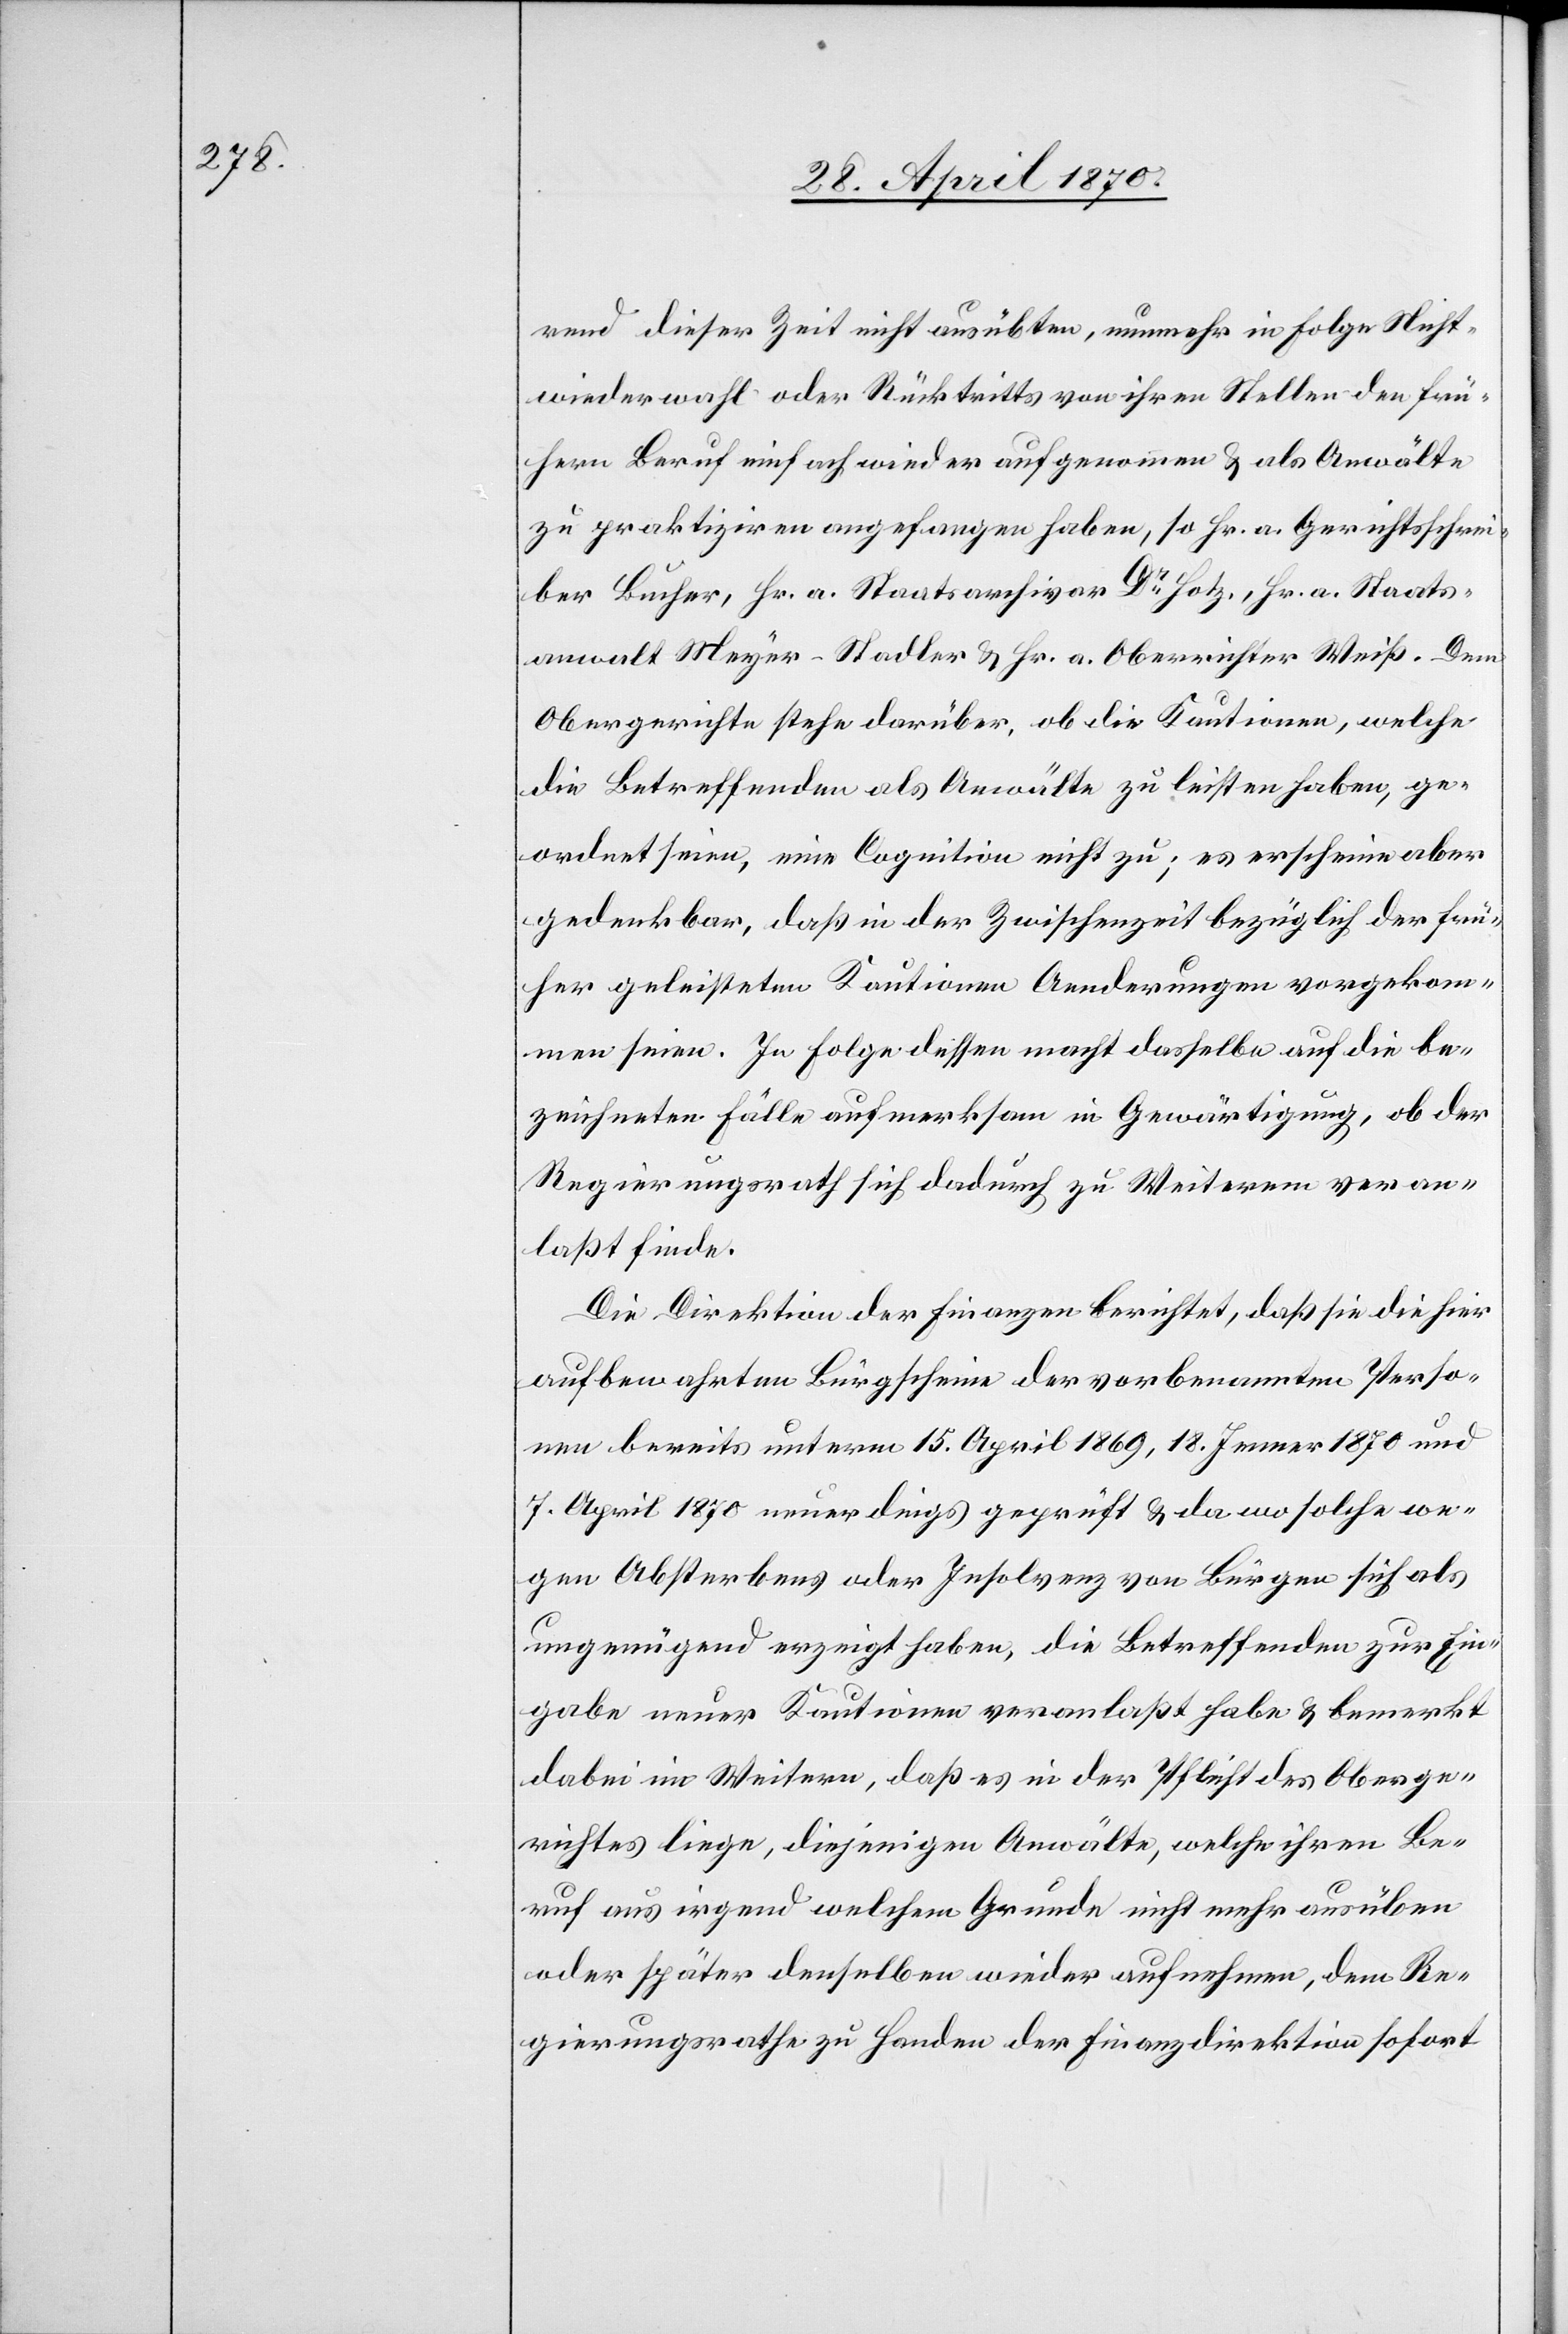
rend dieser Zeit nicht ausübten, nunmehr in Folge Nicht¬
wiederwahl oder Rücktritts von ihren Stellen den frü¬
hern Beruf einfach wieder aufgenommen & als Anwälte
zu praktiziren angefangen haben, so Hr. a. Gerichtsschrei¬
ber Bucher, Hr. a. Staatsarchivar Dr Hotz., Hr. a. Staats¬
anwalt Meyer-Stadler & Hr. a. Oberrichter Weiß. Dem
Obergerichte stehe darüber, ob die Kautionen, welche
die Betreffenden als Anwälte zu leisten haben, ge¬
ordnet seien, eine Cognition nicht zu; es erscheine aber
gedenkbar, daß in der Zwischenzeit bezüglich der frü¬
her geleisteten Kautionen Aenderungen vorgekom¬
men seien. In Folge dessen macht dasselbe auf die be¬
zeichneten Fälle aufmerksam in Gewärtigung, ob der
Regierungsrath sich dadurch zu weiterem veran¬
laßt finde.
Die Direktion der Finanzen berichtet, daß sie die hier
aufbewahrten Bürgscheine der vorbenannten Perso¬
nen bereits unterm 15. April 1869, 18. Jenner 1870 und
7. April 1870 neuerdings geprüft & da wo solche we¬
gen Absterbens oder Insolvenz von Bürgen sich als
ungenügend erzeigt haben, die Betreffenden zur Ein¬
gabe neuer Kautionen veranlaßt habe & bemerkt
dabei im Weitern, daß es in der Pflicht des Oberge¬
richtes liege, diejenigen Anwälte, welche ihren Be¬
ruf aus irgend welchem Grunde nicht mehr ausüben
oder später denselben wieder aufnehmen, dem Re¬
gierungsrathe zu Handen der Finanzdirektion sofort